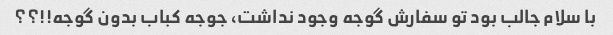
با سلام جالب بود تو سفارش گوجه وجود نداشت، جوجه کباب بدون گوجه!!؟؟